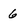
Character: 6